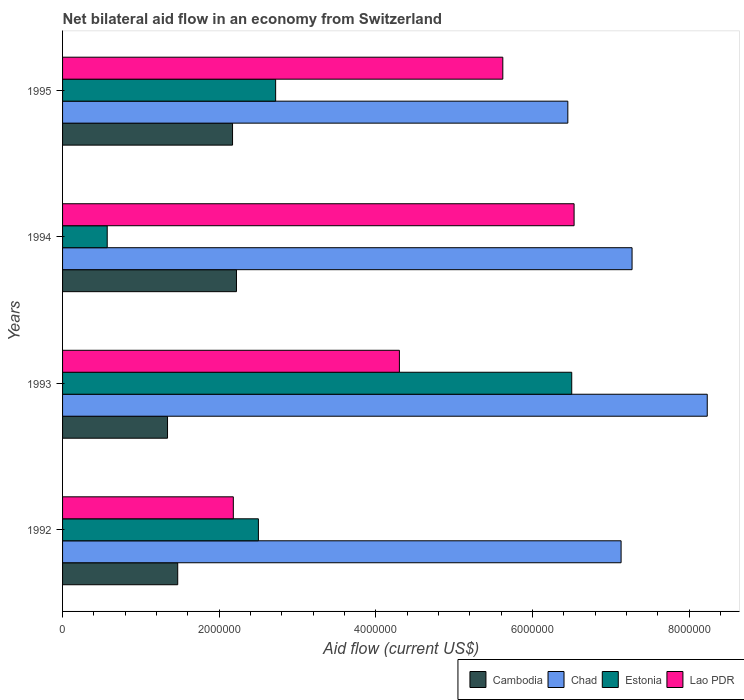
| Years | Cambodia | Chad | Estonia | Lao PDR |
 | --- | --- | --- | --- | --- |
 | 1992 | 1.47e+06 | 7.13e+06 | 2.5e+06 | 2.18e+06 |
 | 1993 | 1.34e+06 | 8.23e+06 | 6.5e+06 | 4.3e+06 |
 | 1994 | 2.22e+06 | 7.27e+06 | 5.7e+05 | 6.53e+06 |
 | 1995 | 2.17e+06 | 6.45e+06 | 2.72e+06 | 5.62e+06 |